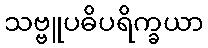
သဗ္ဗူပဓိပရိက္ခယာ